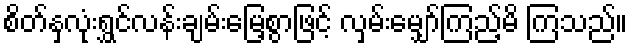
စိတ်နှလုံးရွှင်လန်းချမ်းမြေ့စွာဖြင့် လှမ်းမျှော်ကြည့်မိ ကြသည်။